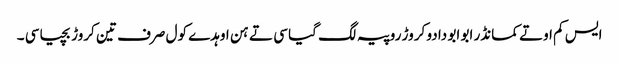
ایس کم اوتے کمانڈر ابو ابو دا دو کروڑ روپیہ لگ گیا سی تے ہن اوہدے کول صرف تین کروڑ بچیا سی ۔